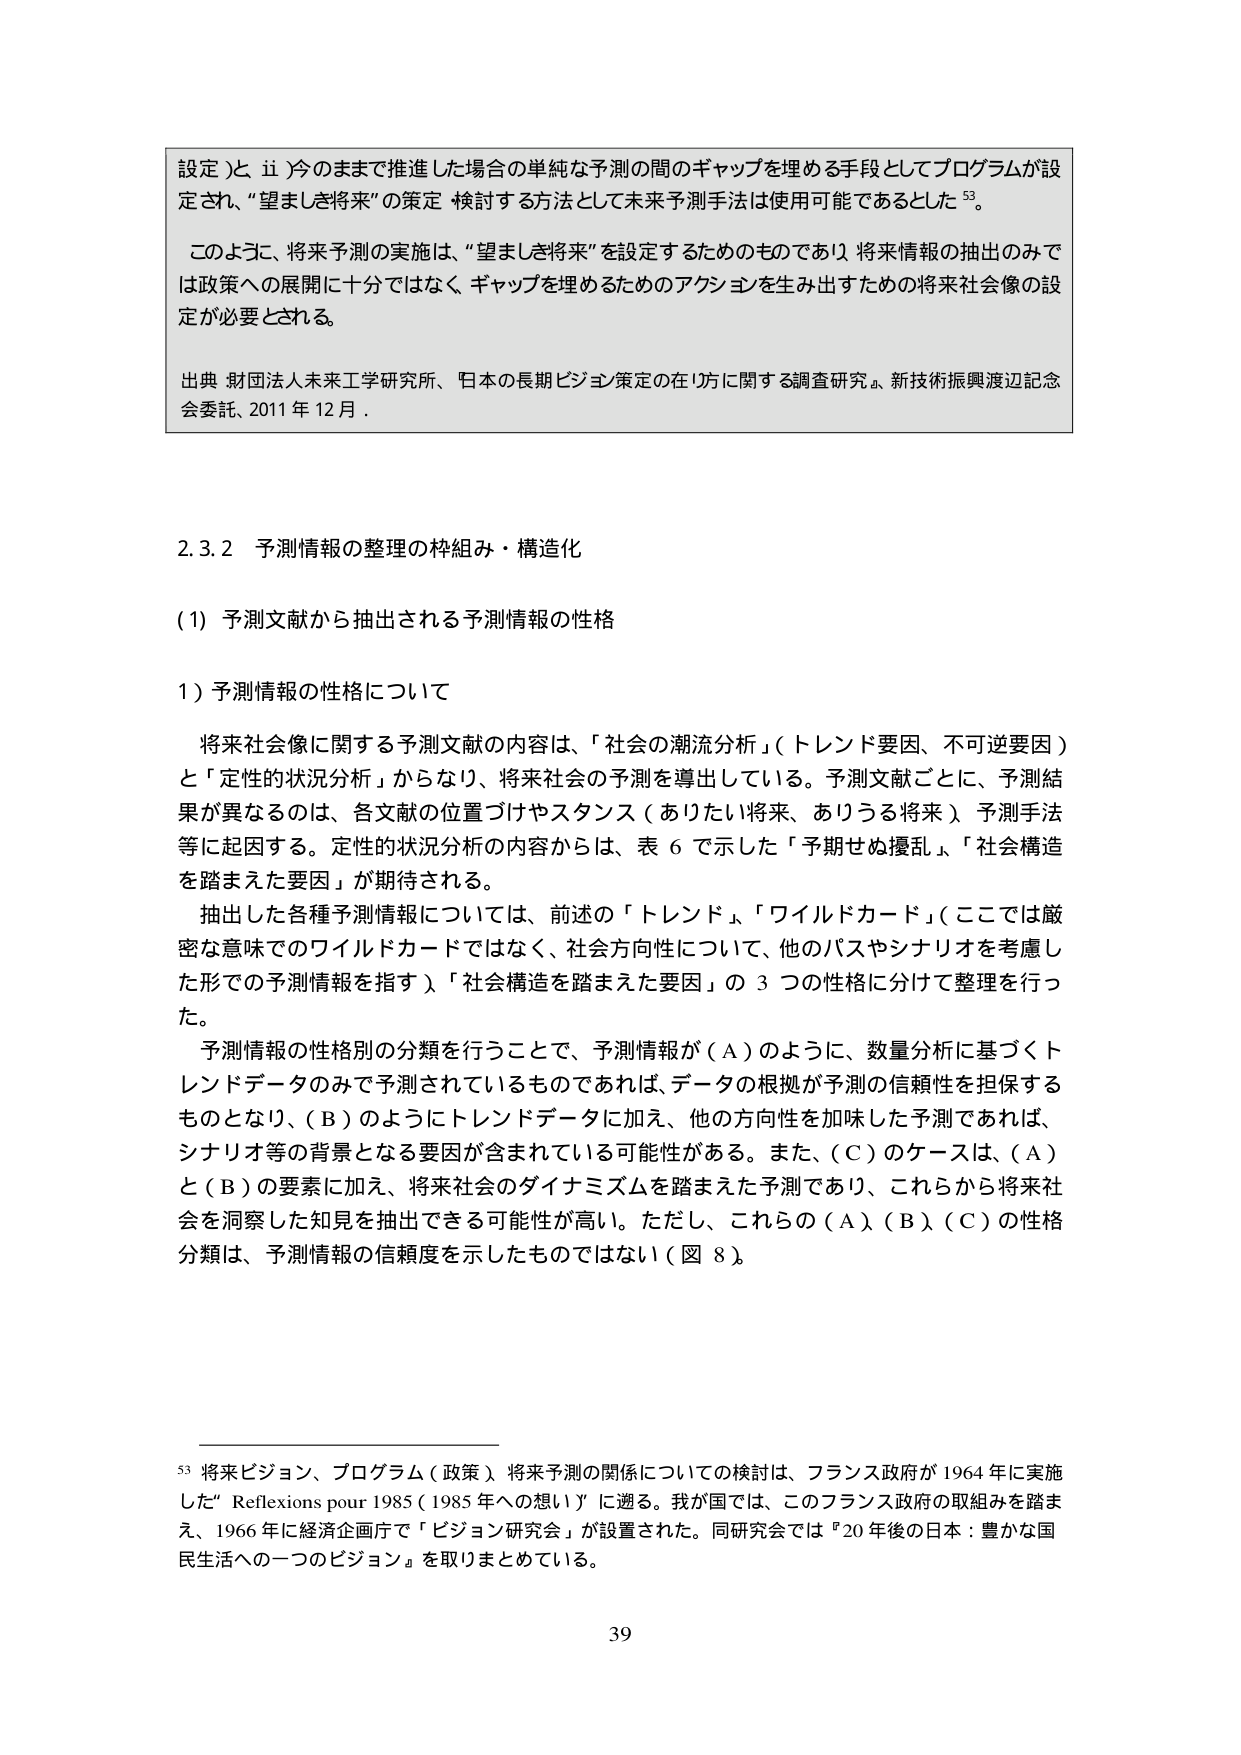
設定）と、ii）今のままで推進した場合の単純な予測の間のギャップを埋める手段としてプログラムが設定され、“望ましき将来”の策定・検討する方法として未来予測手法は使用可能であるとした⁵³。

このように、将来予測の実施は、“望ましき将来”を設定するためのものであり、将来情報の抽出のみでは政策への展開に十分ではなく、ギャップを埋めるためのアクションを生み出すための将来社会像の設定が必要とされる。

出典：財団法人未来工学研究所、『日本の長期ビジョン策定の在り方に関する調査研究』、新技術振興渡辺記念会委託、2011年12月。

2.3.2 予測情報の整理の枠組み・構造化

（1）予測文献から抽出される予測情報の性格

1）予測情報の性格について

将来社会像に関する予測文献の内容は、「社会の潮流分析」（トレンド要因、不可逆要因）と「定性的状況分析」からなり、将来社会の予測を導出している。予測文献ごとに、予測結果が異なるのは、各文献の位置づけやスタンス（ありたい将来、ありうる将来）、予測手法等に起因する。定性的状況分析の内容からは、表6で示した「予期せぬ擾乱」「社会構造を踏まえた要因」が期待される。

抽出した各種予測情報については、前述の「トレンド」「ワイルドカード」（ここでは厳密な意味でのワイルドカードではなく、社会方向性について、他のパスやシナリオを考慮した形での予測情報を指す）「社会構造を踏まえた要因」の3つの性格に分けて整理を行った。

予測情報の性格別の分類を行うことで、予測情報が（A）のように、数量分析に基づくトレンドデータのみで予測されているものであれば、データの根拠が予測の信頼性を担保するものとなり、（B）のようにトレンドデータに加え、他の方向性を加味した予測であれば、シナリオ等の背景となる要因が含まれている可能性がある。また、（C）のケースは、（A）と（B）の要素に加え、将来社会のダイナミズムを踏まえた予測であり、これらから将来社会を洞察した知見を抽出できる可能性が高い。ただし、これらの（A）（B）（C）の性格分類は、予測情報の信頼度を示したものではない（図8）。

⁵³ 将来ビジョン、プログラム（政策）、将来予測の関係についての検討は、フランス政府が1964年に実施した「Reflexions pour 1985（1985年への想い）」に遡る。我が国では、このフランス政府の取組みを踏まえ、1966年に経済企画庁で「ビジョン研究会」が設置された。同研究会では『20年後の日本：豊かな国民生活への一つのビジョン』を取りまとめている。

39